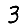
Digit: 3